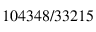
1 0 4 3 4 8 / 3 3 2 1 5